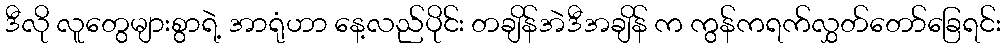
ဒီလို လူတွေများစွာရဲ့ အာရုံဟာ နေ့လည်ပိုင်း တချိန်အဲဒီအချိန် က ကွန်ကရက်လွှတ်တော်ခြေရင်း